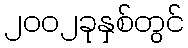
၂၀၀၂ခုနှစ်တွင်